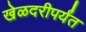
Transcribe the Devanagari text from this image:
खेळदरीपर्यंत